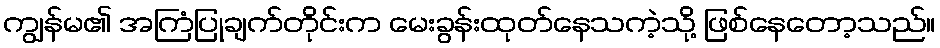
ကျွန်မ၏ အကြံပြုချက်တိုင်းက မေးခွန်းထုတ်နေသကဲ့သို့ ဖြစ်နေတော့သည်။